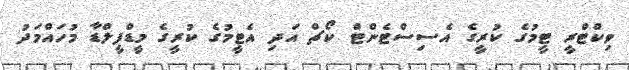
ވިކްޓްރީ ޓީމުގެ ކުރީގެ އެސިސްޓެންޓް ކޯޗް އަދި އެޓީމުގެ ކުރީގެ މީޑްފީލްޑާ މުހައްމަދު